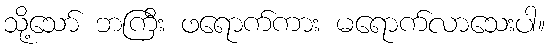
သို့သော် ဘကြီး ဖရောက်ကား မရောက်လာသေးပါ။